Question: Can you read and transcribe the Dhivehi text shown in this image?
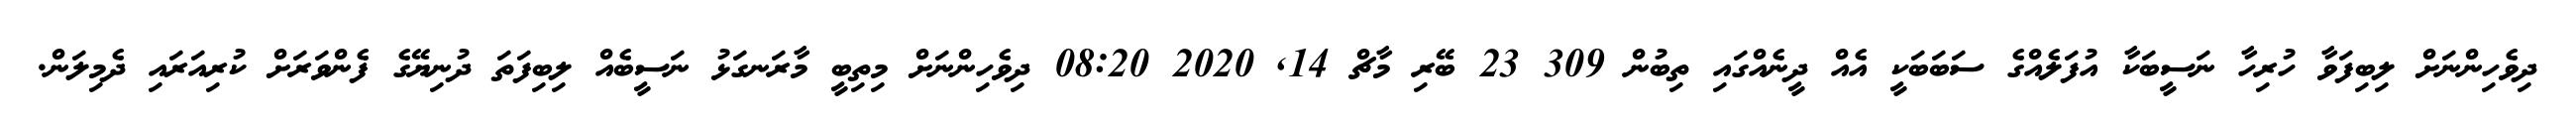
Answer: ދިވެހިންނަށް ލިބިފަވާ ހުރިހާ ނަސީބަކާ އުފަލެއްގެ ސަބަބަކީ އެއް ދީނެއްގައި ތިބުން 309 23 ބޭރި މާޗް 14, 2020 08:20 ދިވެހިންނަށް މިތިބީ މާރަނގަޅު ނަސީބެއް ލިބިފަތަ ދުނިޔޭގެ ފެންވަރަށް ކުރިއަރައި ދެމިލަން.